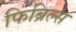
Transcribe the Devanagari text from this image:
फिब्रिल्स